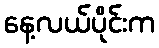
နေ့လယ်ပိုင်းက